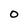
Character: O